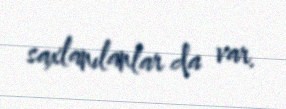
saxlanılanlar da var.